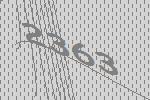
2363